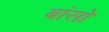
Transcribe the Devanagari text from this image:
बांसो